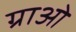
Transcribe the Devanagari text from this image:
ग्राओ